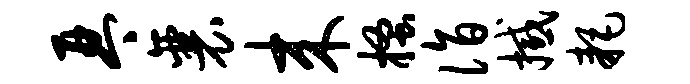
琴襄来搔诣撼耗